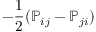
- \frac 1 2 ( { \mathbb P } _ { i j } - { \mathbb P } _ { j i } )